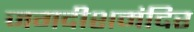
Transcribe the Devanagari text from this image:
जगदीशमंदिर